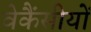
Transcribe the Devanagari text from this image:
वेकैंसीयों